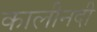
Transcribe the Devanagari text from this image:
कालीनदी